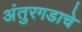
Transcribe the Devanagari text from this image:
अंतुरगडाचे